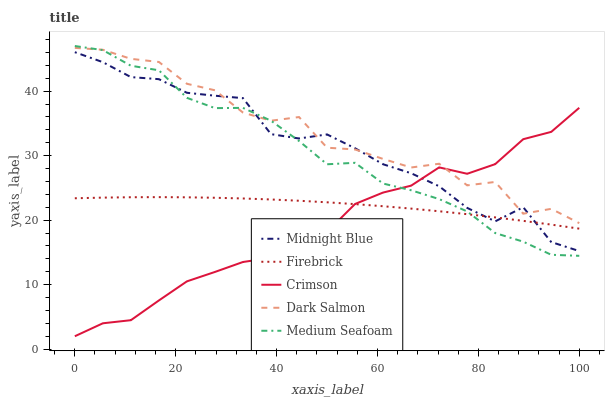
| xaxis_label | Midnight Blue | Firebrick | Crimson | Dark Salmon | Medium Seafoam |
 | --- | --- | --- | --- | --- | --- |
 | 0 | 46 | 23.4 | 2 | 46.7 | 47 |
 | 5.56 | 44.5 | 23.5 | 4.01 | 46.4 | 46.4 |
 | 11.1 | 42.2 | 23.6 | 4.49 | 45 | 43.9 |
 | 16.7 | 41.9 | 23.6 | 7.55 | 44.5 | 43.2 |
 | 22.2 | 39.7 | 23.5 | 10.5 | 41.1 | 39 |
 | 27.8 | 39.3 | 23.5 | 12 | 40.1 | 37.4 |
 | 33.3 | 38.9 | 23.4 | 13.5 | 36.7 | 37.4 |
 | 38.9 | 33.3 | 23.2 | 14.2 | 35.4 | 35.4 |
 | 44.4 | 32.7 | 23 | 18.9 | 36 | 32.3 |
 | 50 | 33.3 | 22.8 | 18.2 | 31.2 | 28.7 |
 | 55.6 | 31.1 | 22.5 | 22.5 | 31 | 28.9 |
 | 61.1 | 28.7 | 22.2 | 24.3 | 29.5 | 25.7 |
 | 66.7 | 27.3 | 21.8 | 25.3 | 28.2 | 24.6 |
 | 72.2 | 25.3 | 21.4 | 28.2 | 28.7 | 23.3 |
 | 77.8 | 21.9 | 20.9 | 27.2 | 25.4 | 21.4 |
 | 83.3 | 19.8 | 20.4 | 28.7 | 25.9 | 18 |
 | 88.9 | 22 | 19.9 | 32.6 | 21 | 16.7 |
 | 94.4 | 16.6 | 19.3 | 33.7 | 21.8 | 14.6 |
 | 100 | 15.2 | 18.7 | 37.4 | 19.5 | 14.5 |